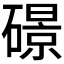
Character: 𥖉